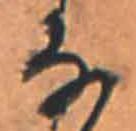
な